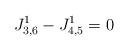
LaTeX: \begin{align*}J_{3,6}^1-J_{4,5}^1=0\end{align*}